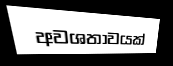
අවශතාවයක්